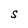
Character: S